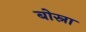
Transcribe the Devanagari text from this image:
बोस्ना